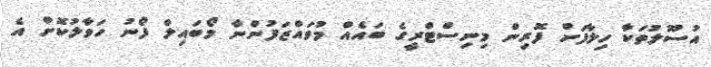
އުސޫލުތަކާ ހިލާފަށް ފޮރިން މިނިސްޓްރީގެ ބައެއް މުވައްޒަފުންނާ މޯބައިލް ފޯނު ހަވާލުކޮށް އެ